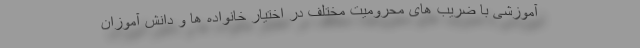
آموزشی با ضریب های محرومیت مختلف در اختیار خانواده ها و دانش آموزان